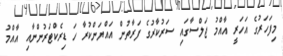
މިފަހަރުގެ އަހަރީ އާއްމު ޖަލްސާގައި ސަރުކާރުގެ ފަރާތުން އައްޔަންކުރާ ހަ ޑިރެކްޓަރުންނާއި އާއްމު